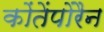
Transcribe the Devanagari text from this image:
कोंतेंपोरैन